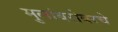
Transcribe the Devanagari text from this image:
मुलांबरोबरचे